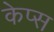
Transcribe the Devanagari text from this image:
केप्स